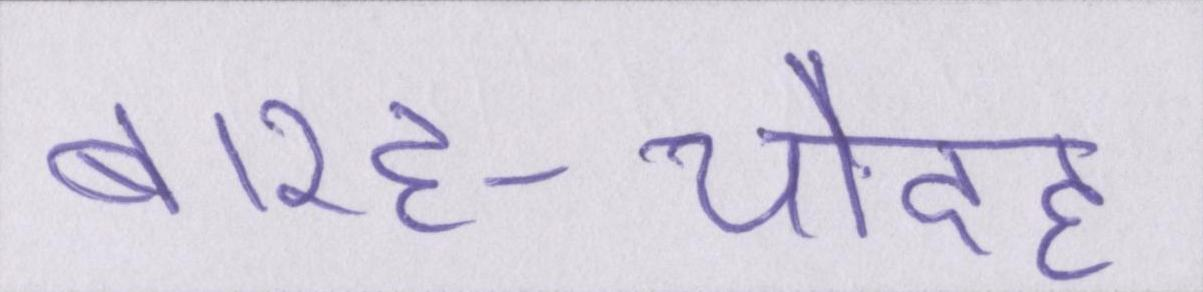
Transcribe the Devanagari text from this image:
बारह-चौदह